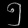
Digit: ၅